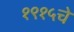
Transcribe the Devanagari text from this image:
१९१५चे